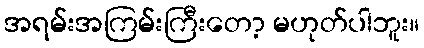
အရမ်းအကြမ်းကြီးတော့ မဟုတ်ပါဘူး။